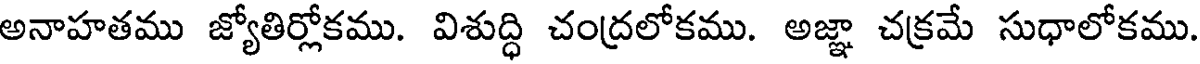
అనాహతము జ్యోతిర్లోకము. విశుద్ధి చంద్రలోకము. అజ్ఞా చక్రమే సుధాలోకము.